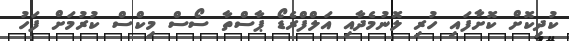
ކުދިކޮށް ކޮށާފައި ހުރި ލޮނުމެދާއި އަލްފްރެޑޯ ޕާސްތާ ސޯސް މިކްސް ކުރުމަށް ފަހު